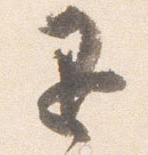
退